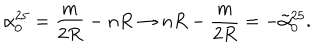
\alpha _ { 0 } ^ { 2 5 } = \frac { m } { 2 R } - n R \rightarrow n R - \frac { m } { 2 R } = - \tilde { \alpha } _ { 0 } ^ { 2 5 } .